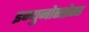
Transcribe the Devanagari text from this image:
इम्युनोसप्रेस्ड